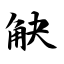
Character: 觖